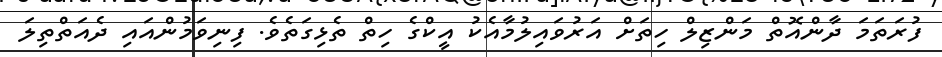
ފުރަތަމަ ދާންއޮތް މަންޒިލް ހިތަށް އަރުވައިލުމާއެކު އީކްގެ ހިތް ތެޅިގަތެވެ. ފިނިވަމުންއައި ދެއަތްތިލަ